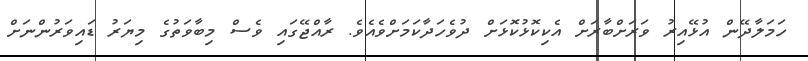
ހަމަލާދޭން އުޅޭއިރު ވަރަށްބާރަށް އެކިކޮޅުކޮޅަށް ދުވެހަދާކަމަށްވެއެވެ. ރާއްޖޭގައި ވެސް މިބާވަތުގެ މިޔަރު ޑައިވަރުންނަށް